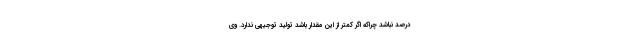
درصد نباشد چراکه اگر کمتر از این مقدار باشد تولید توجیهی ندارد. وی